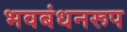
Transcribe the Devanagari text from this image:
भवबंधनरूप